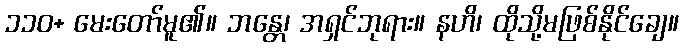
၁၁၀+ မေးတော်မူ၏။ ဘန္တေ၊ အရှင်ဘုရား။ နဟိ၊ ထိုသို့မဖြစ်နိုင်ချေ။